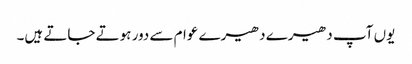
یوں آپ دھیرے دھیرے عوام سے دور ہوتے جاتے ہیں۔